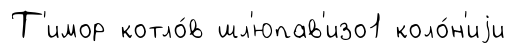
Т'имор котло́в шл'юпав'изо1 коло́н'иjи